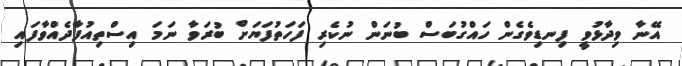
އޭނާ ވިދާޅުވީ ފިނޑިވެގެން ހައްގުބަސް ބުނަން ނުކެރި ފަހަތުފަޔަށް ބުރަވާ ނަމަ އިސްތިއުފާދެއްވާފައި